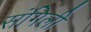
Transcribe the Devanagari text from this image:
संगिली